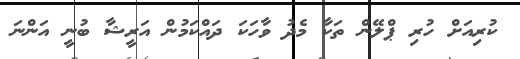
ކުރިއަށް ހުރި ޕްލޭން ތަކާ މެދު ވާހަކަ ދައްކަމުން އަރީޝާ ބުނީ އަންނަ